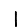
Digit: 1